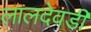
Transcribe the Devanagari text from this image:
लालदेवडी